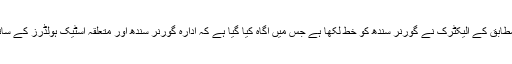
ترجمان کے الیکٹرک کے مطابق کے الیکٹرک نے گورنر سندھ کو خط لکھا ہے جس میں آگاہ کیا گیا ہے کہ ادارہ گورنر سندھ اور متعلقہ اسٹیک ہولڈرز کے ساتھ میٹنگ کے لئے تیار ہے۔